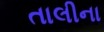
તાલીના